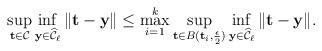
LaTeX: \begin{align*}\sup\limits_{\textbf{t} \in \mathcal{C}} \inf\limits_{\textbf{y}\in \widehat{\mathcal{C}}_\ell}\|\textbf{t}-\textbf{y}\|\leq \max\limits_{i=1 }^{k} \sup\limits_{\textbf{t} \in B(\textbf{t}_i,\frac{\epsilon}{2})} \inf\limits_{\textbf{y}\in \widehat{ \mathcal{C} }_\ell}\|\textbf{t} -\textbf{y}\|.\end{align*}